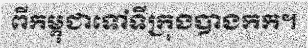
ពីកម្ពុជាទៅទីក្រុងបាងកក។